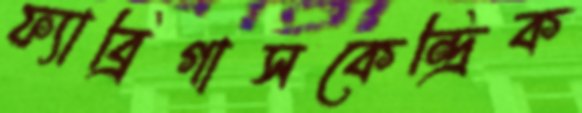
ফ্যাব্রিগাসকেন্দ্রিক